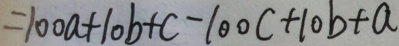
= 1 0 0 a + 1 0 b + c - 1 0 0 c + 1 0 b + a